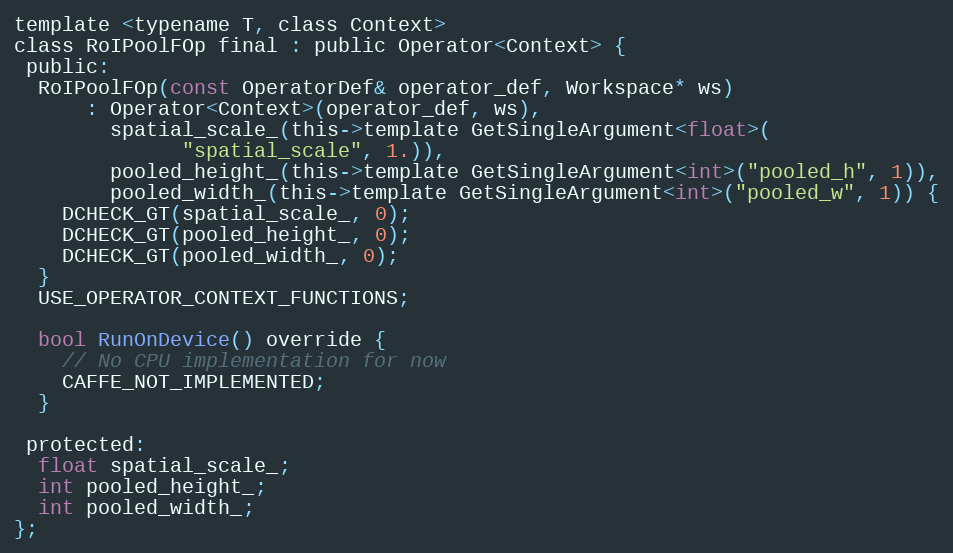
Language: C
template <typename T, class Context>
class RoIPoolFOp final : public Operator<Context> {
 public:
  RoIPoolFOp(const OperatorDef& operator_def, Workspace* ws)
      : Operator<Context>(operator_def, ws),
        spatial_scale_(this->template GetSingleArgument<float>(
              "spatial_scale", 1.)),
        pooled_height_(this->template GetSingleArgument<int>("pooled_h", 1)),
        pooled_width_(this->template GetSingleArgument<int>("pooled_w", 1)) {
    DCHECK_GT(spatial_scale_, 0);
    DCHECK_GT(pooled_height_, 0);
    DCHECK_GT(pooled_width_, 0);
  }
  USE_OPERATOR_CONTEXT_FUNCTIONS;

  bool RunOnDevice() override {
    // No CPU implementation for now
    CAFFE_NOT_IMPLEMENTED;
  }

 protected:
  float spatial_scale_;
  int pooled_height_;
  int pooled_width_;
};